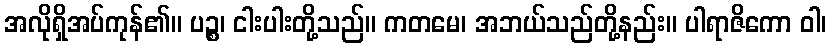
အလိုရှိအပ်ကုန်၏။ ပဉ္စ၊ ငါးပါးတို့သည်။ ကတမေ၊ အဘယ်သည်တို့နည်း။ ပါရာဇိကော ဝါ၊